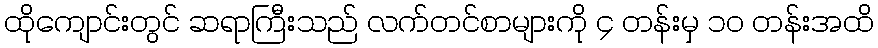
ထိုကျောင်းတွင် ဆရာကြီးသည် လက်တင်စာများကို ၄ တန်းမှ ၁၀ တန်းအထိ